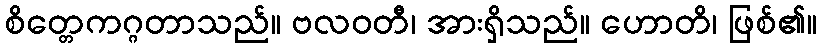
စိတ္တေကဂ္ဂတာသည်။ ဗလဝတီ၊ အားရှိသည်။ ဟောတိ၊ ဖြစ်၏။